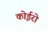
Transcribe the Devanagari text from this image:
कोईरो